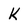
Character: k